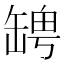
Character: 𦉀